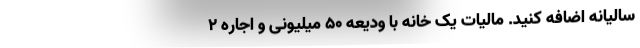
سالیانه اضافه کنید. مالیات یک خانه با ودیعه ۵۰ میلیونی و اجاره ۲